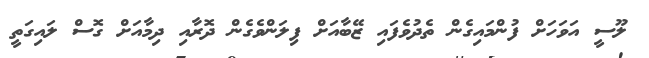
ލޫސީ އަވަހަށް ފުންމައިގެން ތެދުވެފައި ޒޭބާއަށް ފިލަންވެގެން ދޮރާއި ދިމާއަށް ގޮސް ލައިގަތީ